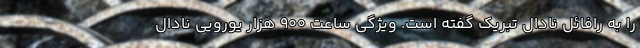
را به رافائل نادال تبریک گفته است. ویژگی ساعت ۹۰۰ هزار یورویی نادال